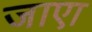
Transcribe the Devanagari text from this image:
जाएा